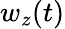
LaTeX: w_{z}(t)